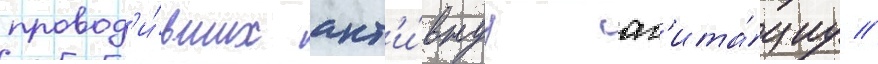
провод'и́вших акт'и́внуу аг'ита́циу //